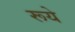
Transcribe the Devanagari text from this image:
रूये